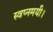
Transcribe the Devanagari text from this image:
स्वप्नमयी।